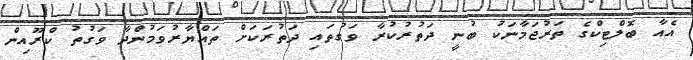
އެއާ ބޮލްޓިކްގެ ތަރުޖަމާނަކު ބުނީ ދަތުރުކުރާ ވަގުތައި ދަތުރަކަށް ތައްޔާރުވަމުންދާ ވަގުތު ކްރޫއިން